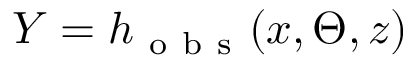
Y = h _ { \mathrm { ~ o ~ b ~ s ~ } } ( x , \Theta , z )